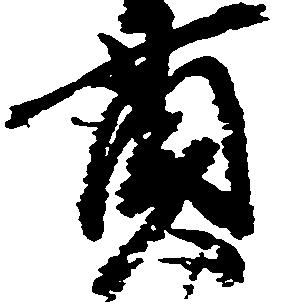
貫